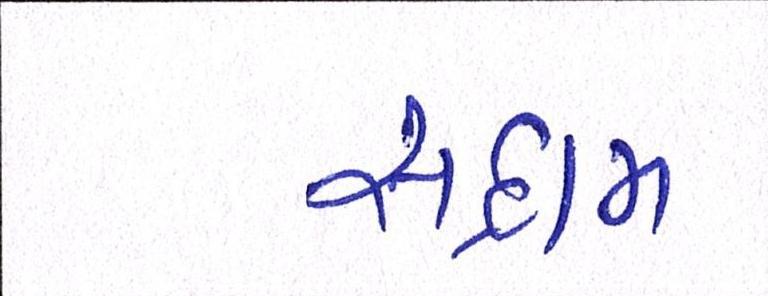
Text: સદ્દામ